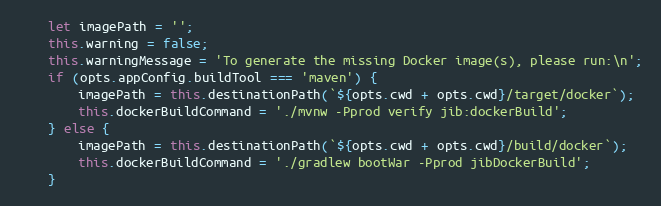
Language: JavaScript
    let imagePath = '';
    this.warning = false;
    this.warningMessage = 'To generate the missing Docker image(s), please run:\n';
    if (opts.appConfig.buildTool === 'maven') {
        imagePath = this.destinationPath(`${opts.cwd + opts.cwd}/target/docker`);
        this.dockerBuildCommand = './mvnw -Pprod verify jib:dockerBuild';
    } else {
        imagePath = this.destinationPath(`${opts.cwd + opts.cwd}/build/docker`);
        this.dockerBuildCommand = './gradlew bootWar -Pprod jibDockerBuild';
    }